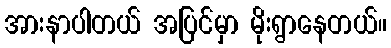
အားနာပါတယ် အပြင်မှာ မိုးရွာနေတယ်။